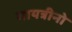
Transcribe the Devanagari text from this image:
गायत्रीनो